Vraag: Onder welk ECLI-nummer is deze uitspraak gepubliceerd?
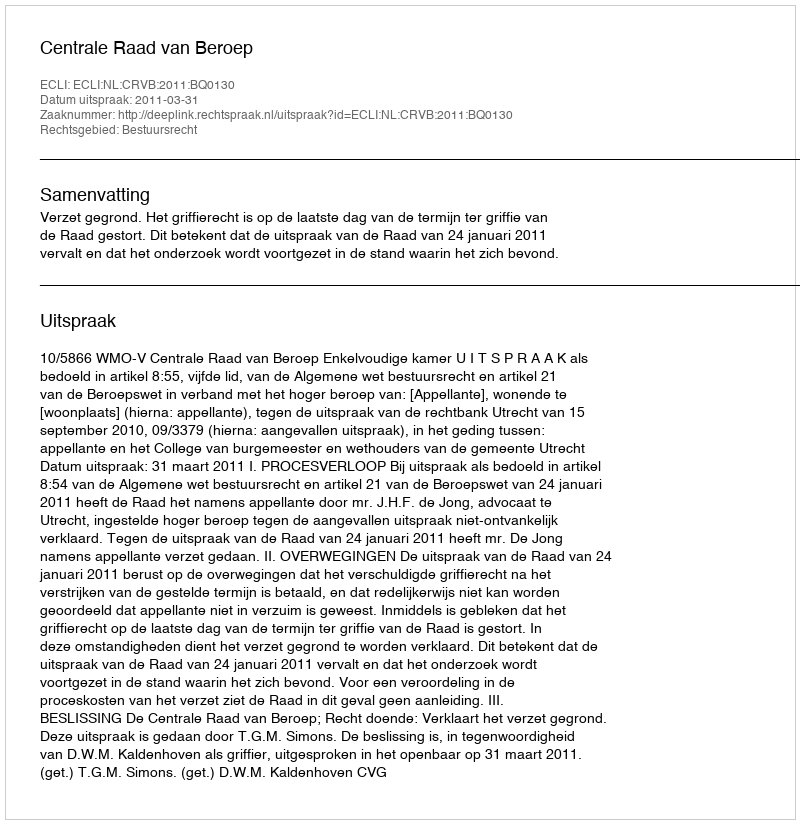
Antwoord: ECLI:NL:CRVB:2011:BQ0130